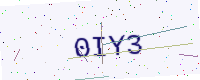
Text: 0IY3